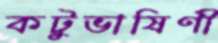
কটুভাষিণী